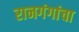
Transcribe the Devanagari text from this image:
रानगंगांचा